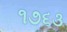
૧૭૬૩